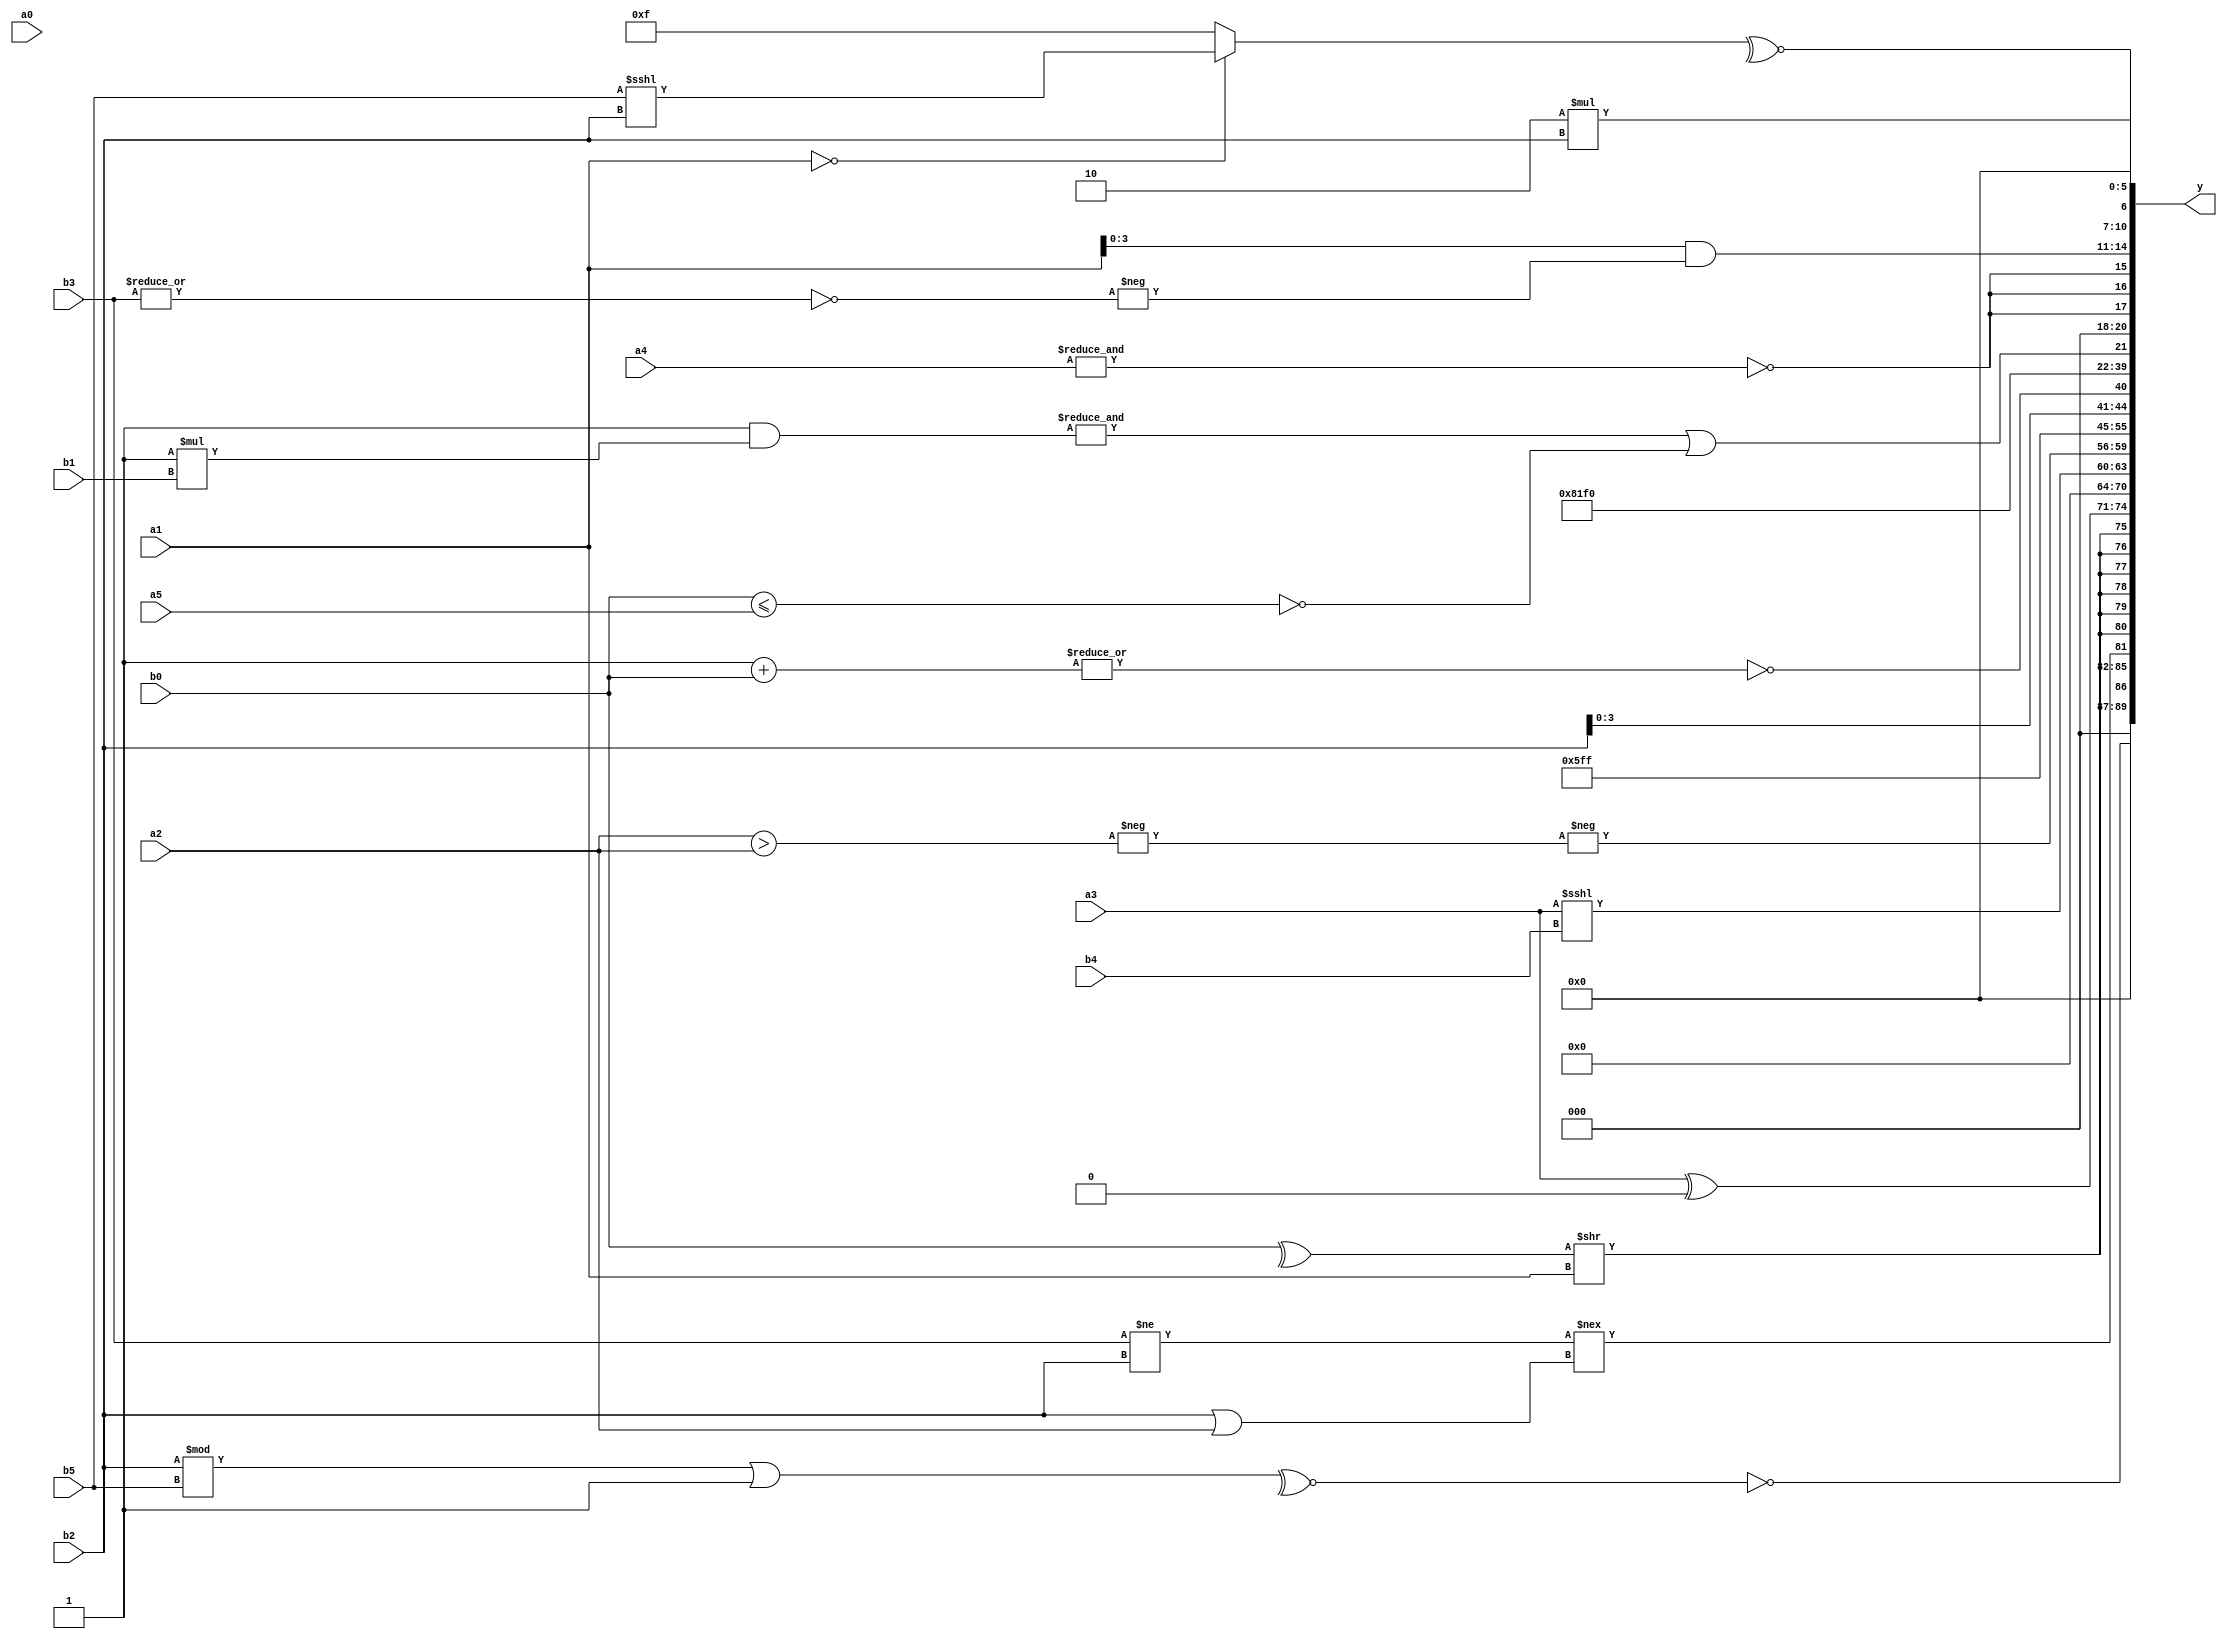
module expression_00403(a0, a1, a2, a3, a4, a5, b0, b1, b2, b3, b4, b5, y);
  input [3:0] a0;
  input [4:0] a1;
  input [5:0] a2;
  input signed [3:0] a3;
  input signed [4:0] a4;
  input signed [5:0] a5;

  input [3:0] b0;
  input [4:0] b1;
  input [5:0] b2;
  input signed [3:0] b3;
  input signed [4:0] b4;
  input signed [5:0] b5;

  wire [3:0] y0;
  wire [4:0] y1;
  wire [5:0] y2;
  wire signed [3:0] y3;
  wire signed [4:0] y4;
  wire signed [5:0] y5;
  wire [3:0] y6;
  wire [4:0] y7;
  wire [5:0] y8;
  wire signed [3:0] y9;
  wire signed [4:0] y10;
  wire signed [5:0] y11;
  wire [3:0] y12;
  wire [4:0] y13;
  wire [5:0] y14;
  wire signed [3:0] y15;
  wire signed [4:0] y16;
  wire signed [5:0] y17;

  output [89:0] y;
  assign y = {y0,y1,y2,y3,y4,y5,y6,y7,y8,y9,y10,y11,y12,y13,y14,y15,y16,y17};

  localparam [3:0] p0 = ((-5'sd14)?{4{(5'sd6)}}:(5'd17));
  localparam [4:0] p1 = ({(3'sd3),(5'd11),(5'd21)}^{(4'sd0)});
  localparam [5:0] p2 = ((~&(+{2{(2'd2)}}))||{2{{3{(3'sd2)}}}});
  localparam signed [3:0] p3 = ((4'd3)>(-5'sd6));
  localparam signed [4:0] p4 = {4{(4'd14)}};
  localparam signed [5:0] p5 = ((~|(~&((4'd1)?(4'd13):(5'd25))))<=(((4'sd2)+(4'sd2))===((2'd2)?(5'sd0):(5'd19))));
  localparam [3:0] p6 = (+(-(({1{(3'd5)}}===(~^(3'd2)))!=(!(~&(!(~|(-3'sd3))))))));
  localparam [4:0] p7 = ((((-4'sd0)||(2'sd0))<=((2'sd0)/(2'd3)))&&(((2'd2)===(4'd2))%(2'sd1)));
  localparam [5:0] p8 = ((!{1{(((-4'sd3)^~(5'd0))<(|(-4'sd1)))}})<<<({2{(2'd2)}}?((3'd7)?(5'sd15):(2'sd1)):{(4'sd1)}));
  localparam signed [3:0] p9 = ((5'd2 * (~^((2'd1)<<(3'd3))))>=(~^(-{3{(-5'sd14)}})));
  localparam signed [4:0] p10 = ((((5'd28)!==(2'sd1))>=(5'd12))<<<((5'd2 * (4'd12))!=((5'sd3)>>>(5'd31))));
  localparam signed [5:0] p11 = {4{(~&(3'd1))}};
  localparam [3:0] p12 = (((2'd1)+(-5'sd13))?((3'sd1)?(-5'sd9):(5'd30)):{4{(3'd3)}});
  localparam [4:0] p13 = ((((2'sd0)|(4'sd6))?((2'sd0)+(2'd1)):((-4'sd3)<<<(2'd0)))^(((2'sd1)!==(-3'sd1))+(4'd4)));
  localparam [5:0] p14 = (((-2'sd1)==(2'd3))*((4'sd2)!==(3'd1)));
  localparam signed [3:0] p15 = ((3'd4)<(2'd0));
  localparam signed [4:0] p16 = (((-3'sd1)<<<(5'sd0))>((5'd15)<(5'sd2)));
  localparam signed [5:0] p17 = ((-5'sd3)|(4'sd2));

  assign y0 = (~^(~^((b2%b5)|(~^(~^p13)))));
  assign y1 = ((b3!=b2)!==(b2|a2));
  assign y2 = $signed(((+{$signed(((^b0)>>$signed(a1)))})));
  assign y3 = (a3^p15);
  assign y4 = (5'sd0);
  assign y5 = $unsigned($unsigned(($signed(a3)<<<$unsigned(b4))));
  assign y6 = (-((-(a2>a2))));
  assign y7 = (((-5'sd6)===(5'd24))|(-5'sd9));
  assign y8 = {1{{3{{2{(p6&&p9)}}}}}};
  assign y9 = {4{{b1,b2}}};
  assign y10 = {{{2{(^{3{b5}})}},{1{{(~|(p9+b0)),(4'd2)}}}}};
  assign y11 = ((p17|p1)||(^(p12==p11)));
  assign y12 = ((2'sd0)^~((~^(p17?p6:p7))>>((p14>>>p17)<=(2'd0))));
  assign y13 = (|(^((+(&$signed(($unsigned($unsigned(p2))&(p14*b1)))))||(-(~^($unsigned((b0))<=$signed($signed(a5))))))));
  assign y14 = {3{(~&a4)}};
  assign y15 = ({b2,a3,a1}&(-(~(|b3))));
  assign y16 = (~^((!a1)?(b5<<<b2):$signed(p11)));
  assign y17 = ((p9&&p3)?{a5}:(5'd2 * b2));
endmodule